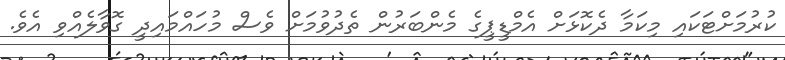
ކުރުމަށްޓަކައި މިކަމާ ދެކޮޅަށް އެމްޑީޕީގެ މެންބަރުން ތެދުވުމަށް ވެސް މުހައްމައިދީ ގޮވާލެއްވި އެވެ.